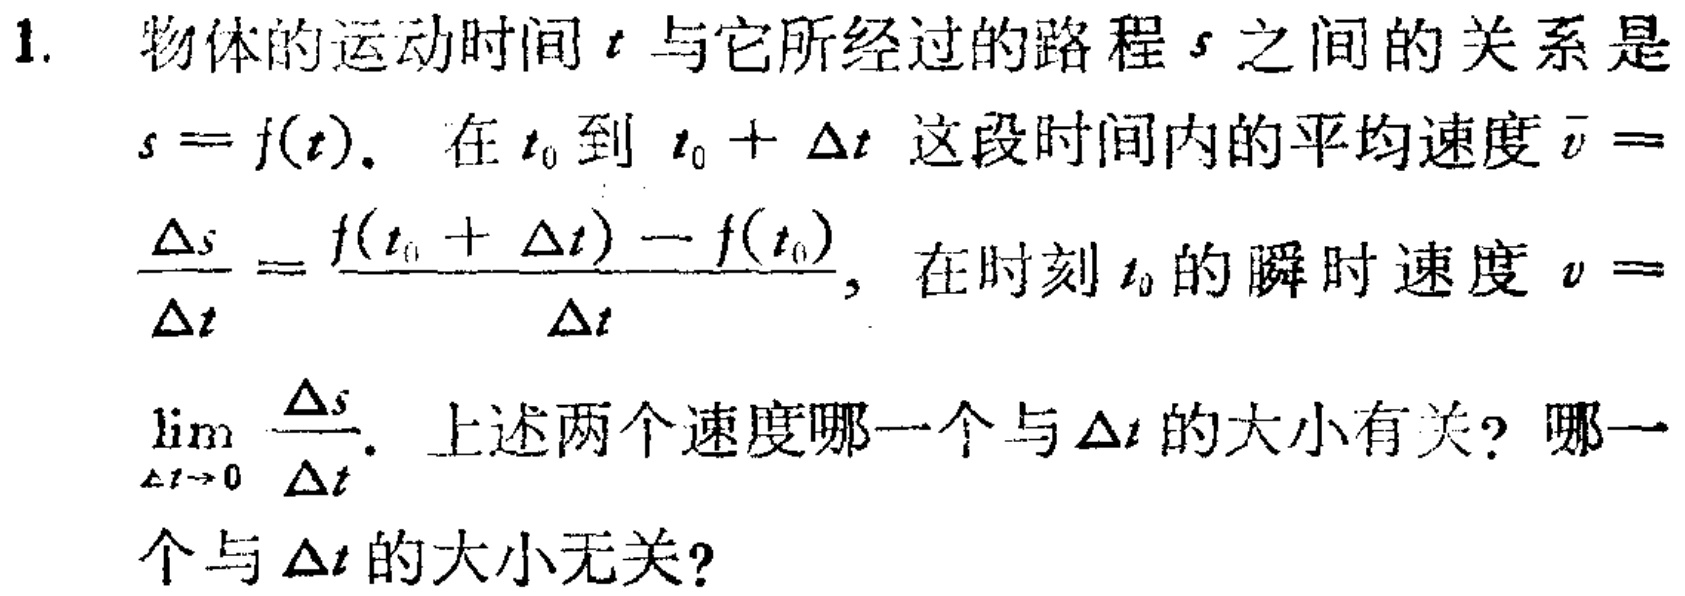
1. 物体的运动时间\(t\)与它所经过的路程\(s\)之间的关系是\(s = f(t)\)。在\(t_0\)到\(t_0 + \Delta t\)这段时间内的平均速度\(\overline{v} = \frac{\Delta s}{\Delta t} = \frac{f(t_0 + \Delta t) - f(t_0)}{\Delta t}\)，在时刻\(t_0\)的瞬时速度\(v = \lim\limits_{\Delta t \to 0} \frac{\Delta s}{\Delta t}\)。上述两个速度哪一个与\(\Delta t\)的大小有关？哪一个与\(\Delta t\)的大小无关？